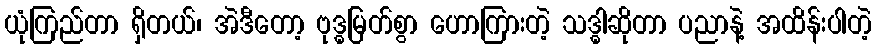
ယုံကြည်တာ ရှိတယ်၊ အဲဒီတော့ ဗုဒ္ဓမြတ်စွာ ဟောကြားတဲ့ သဒ္ဓါဆိုတာ ပညာနဲ့ အထိန်းပါတဲ့